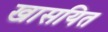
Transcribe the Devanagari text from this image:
खासयित